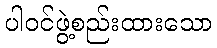
ပါဝင်ဖွဲ့စည်းထားသော